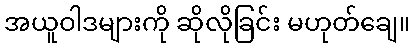
အယူဝါဒများကို ဆိုလိုခြင်း မဟုတ်ချေ။